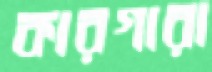
কারগারা